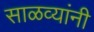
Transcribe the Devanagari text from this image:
साळव्यांनी